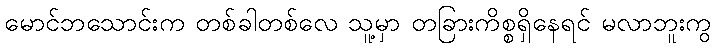
မောင်ဘသောင်းက တစ်ခါတစ်လေ သူ့မှာ တခြားကိစ္စရှိနေရင် မလာဘူးကွ